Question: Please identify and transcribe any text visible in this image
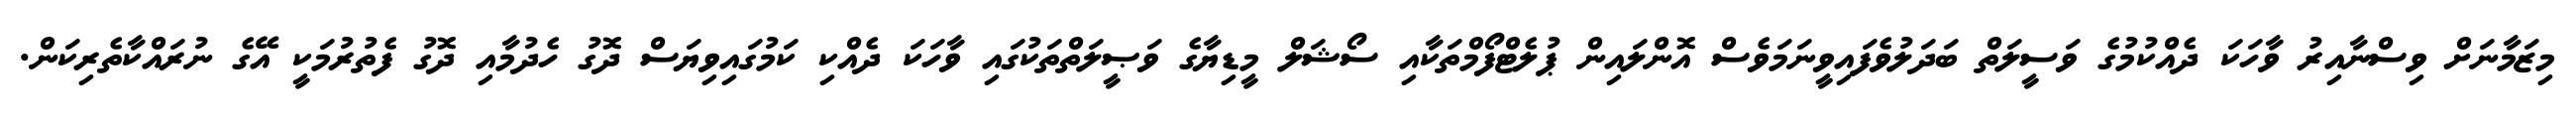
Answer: މިޒަމާނަށް ވިސްނާއިރު ވާހަކަ ދެއްކުމުގެ ވަސީލަތް ބަދަލުވެފައިވީނަމަވެސް އޮންލައިން ޕުލެޓްފޯމްތަކާއި ސޯޝަލް މީޑިޔާގެ ވަޞީލަތްތަކުގައި ވާހަކަ ދެއްކި ކަމުގައިވިޔަސް ދޮގު ހެދުމާއި ދޮގު ފެތުރުމަކީ އޭގެ ނުރައްކާތެރިކަން.